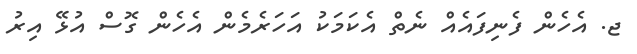
ޖ. އެހެން ފެނިފައެއް ނެތް އެކަމަކު އަހަރެމެން އެހެން ގޮސް އުޅޭ އިރު